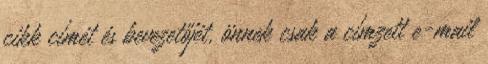
cikk címét és bevezetőjét, önnek csak a címzett e-mail